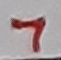
Text: 7